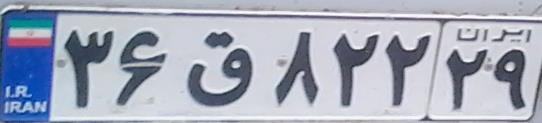
۳۶ق۸۲۲۲۹